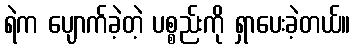
ရဲက ပျောက်ခဲ့တဲ့ ပစ္စည်းကို ရှာပေးခဲ့တယ်။